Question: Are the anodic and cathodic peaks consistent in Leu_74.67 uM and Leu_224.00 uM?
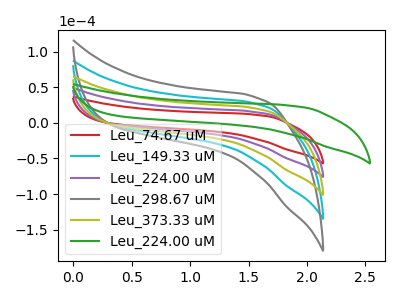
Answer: <think>The red curve "Leu_74.67 uM" has no peaks. The cyan curve "Leu_149.33 uM" has no peaks. The purple curve "Leu_224.00 uM" has no peaks. The gray curve "Leu_298.67 uM" has no peaks. The olive curve "Leu_373.33 uM" has no peaks. The green curve "Leu_224.00 uM" has no peaks.</think>
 <answer>Niether CV has any peaks.</answer>
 <eval>blanks</eval>